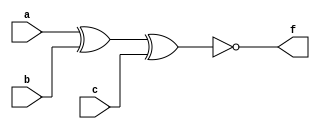
/*--  *******************************************************
--  Computer Architecture Course, Laboratory Sources 
--  Amirkabir University of Technology (Tehran Polytechnic)
--  Department of Computer Engineering (CE-AUT)
--  https://ce[dot]aut[dot]ac[dot]ir
--  *******************************************************
--  All Rights reserved (C) 2019-2020
--  *******************************************************
--  Student ID  : 9831068	
--  Student Name: Farshid Nooshi
--  Student Mail: farshidnooshi726@aut.ac.ir
--  *******************************************************
--  Additional Comments: 
--
--*/ 

/*-----------------------------------------------------------
---  Module Name: Paritiy Generator
---  Description: Lab 04 Part 2
-----------------------------------------------------------*/
`timescale 1 ns/1 ns

module paritiy3_gen (
	input a,
	input b,
	input c,
	output f	
);
	/* write your code here */
	xnor ans(f, a, b, c);
	/* write your code here */

endmodule